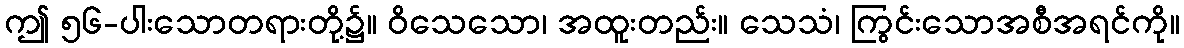
ဤ ၅၆-ပါးသောတရားတို့၌။ ဝိသေသော၊ အထူးတည်း။ သေသံ၊ ကြွင်းသောအစီအရင်ကို။